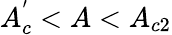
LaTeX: A_{c}^{'}<A<A_{c2}